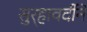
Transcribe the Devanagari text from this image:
सुर्‍हावर्दीने